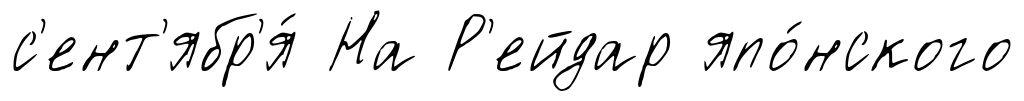
с'ент'ябр'я́ На Р'ейдар япо́нского